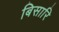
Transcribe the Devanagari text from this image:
बिसारि